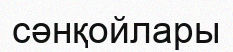
сәнқойлары